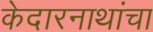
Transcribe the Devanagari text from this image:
केदारनाथांचा